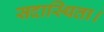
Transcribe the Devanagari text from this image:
सदास्थिता।